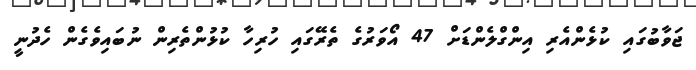
ޖަވާބުގައި ކުޅެންއެރި އިންގްލެންޑަށް 47 އޯވަރުގެ ތެރޭގައި ހުރިހާ ކުޅުންތެރިން ނުބައިވެގެން ހެދުނީ